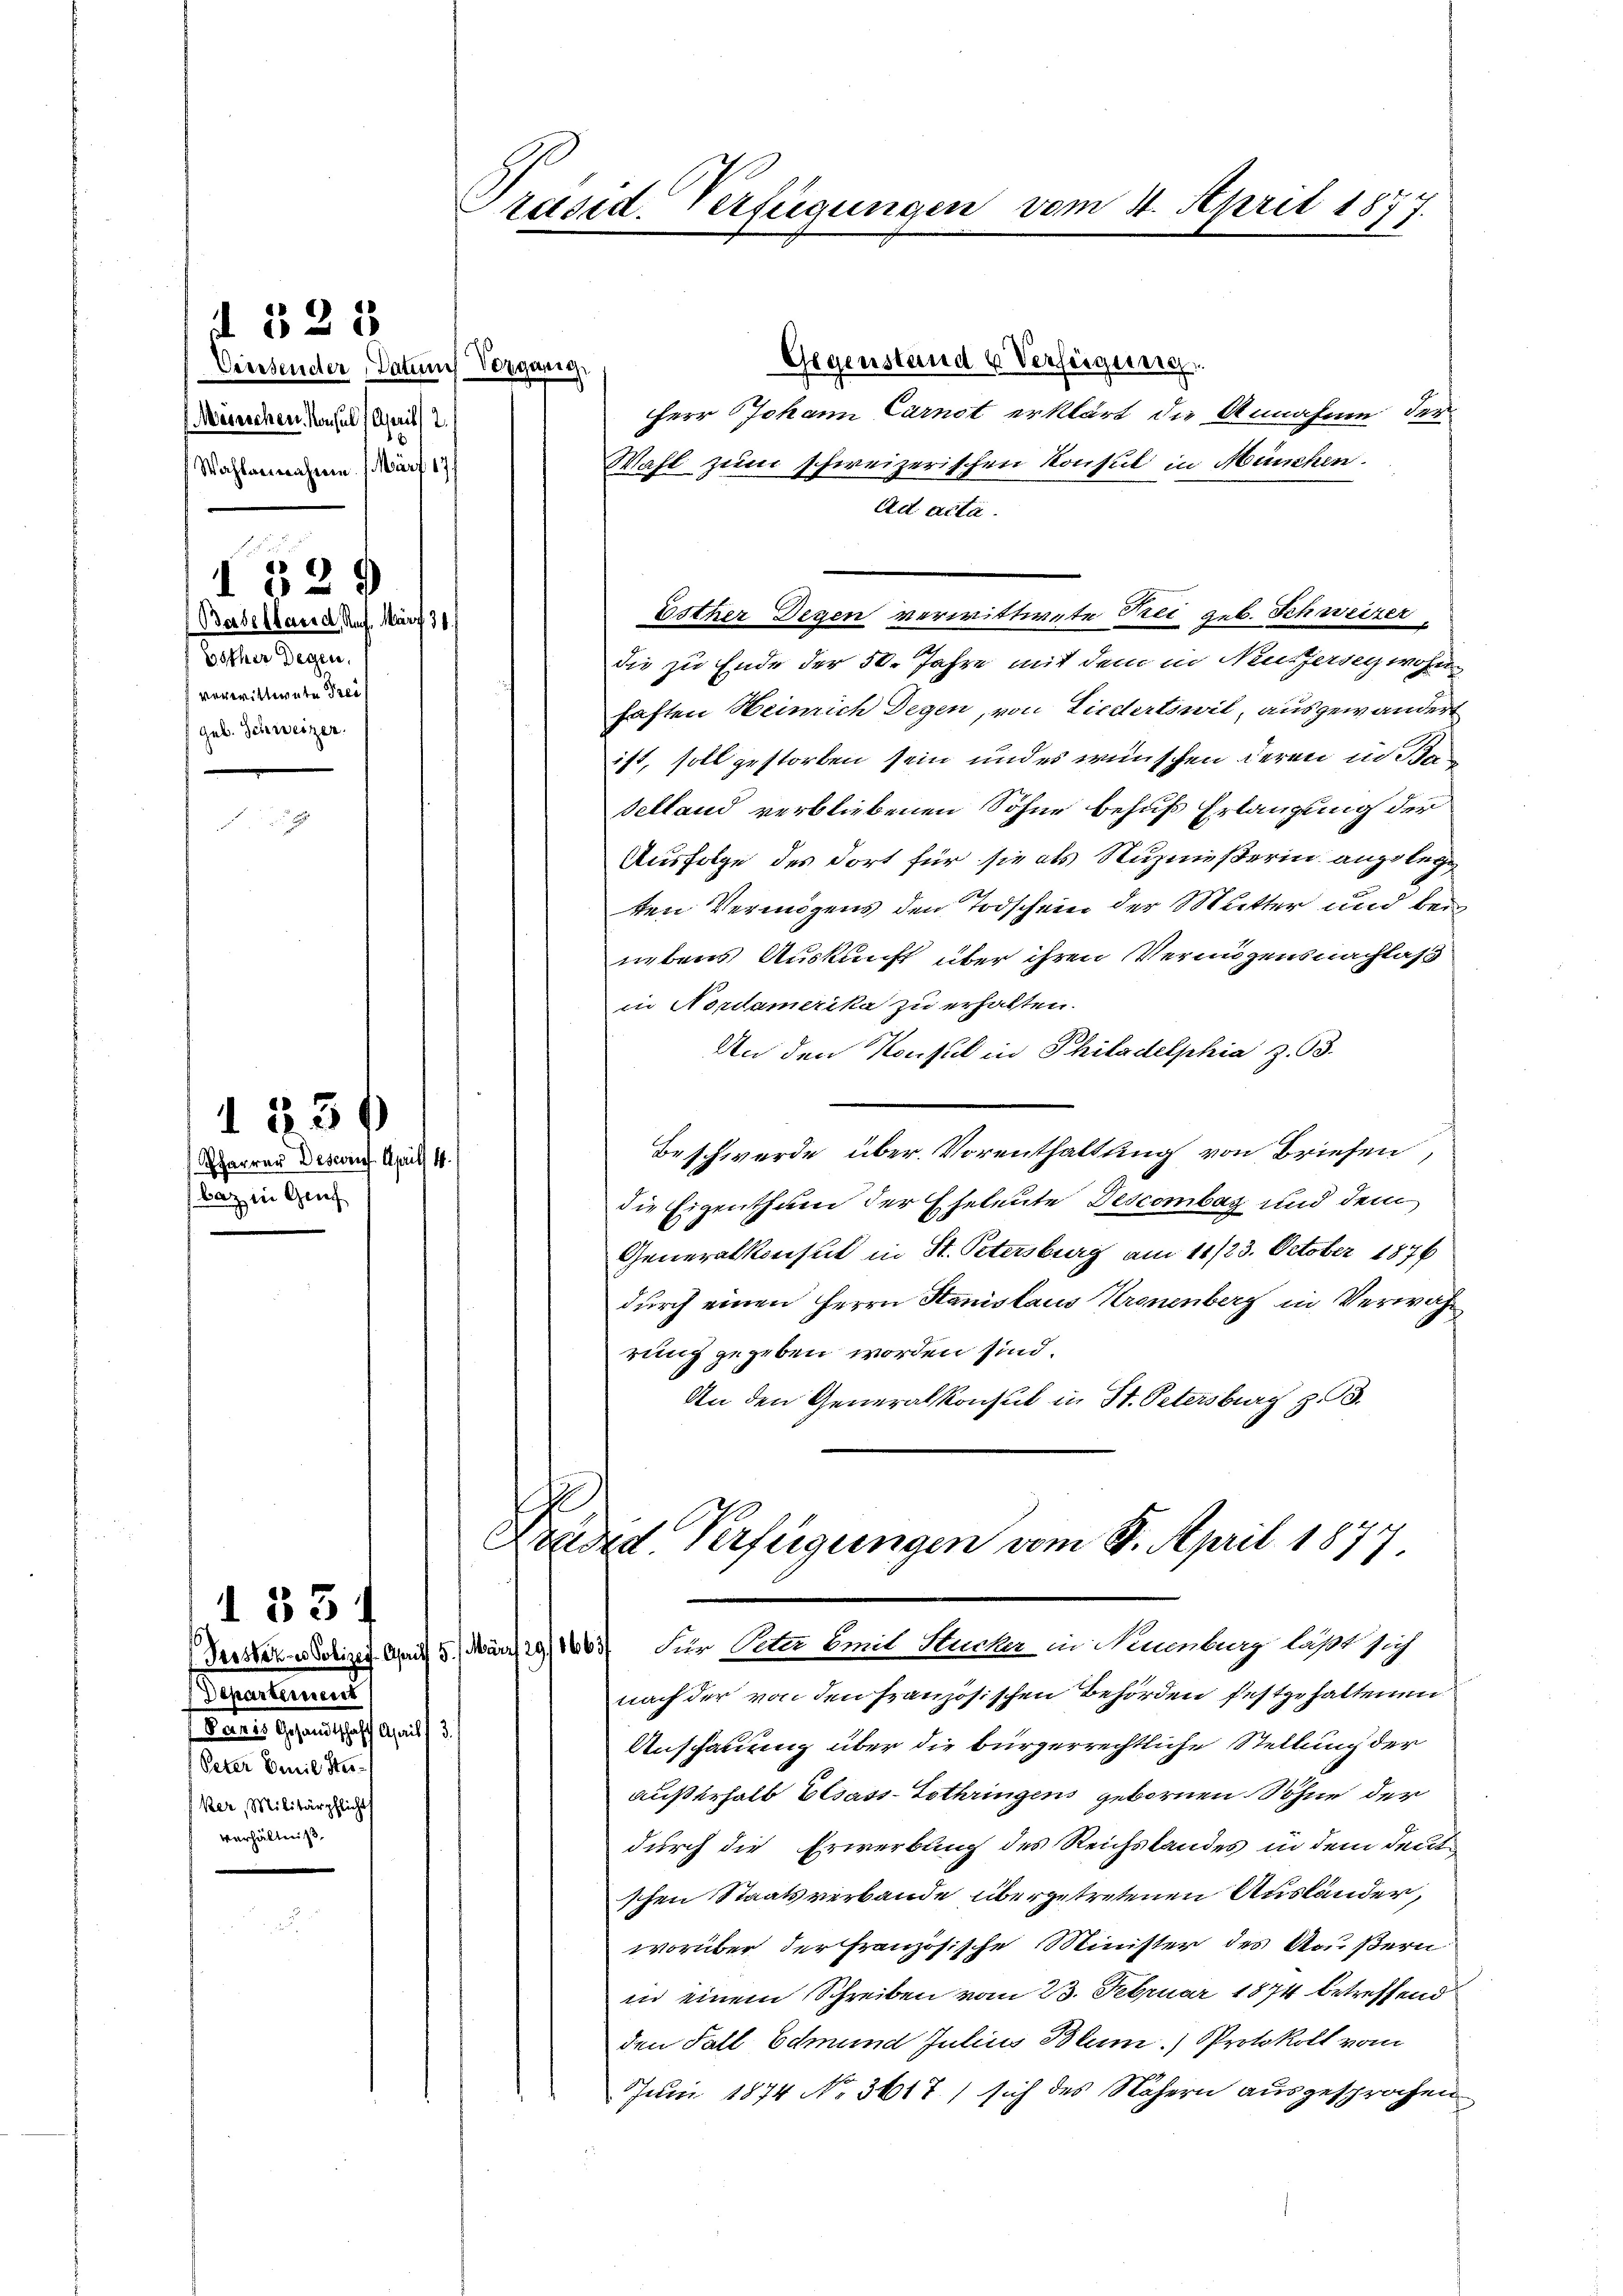
d 325

Viersender Datum Vorganig
Märischen Konsul / April 2.
Wahlanwähren März 17.

)
0
Berbelland, Ruf. Mar
Esther Degen.
verwittwete Preis
geb. Schweizer.

Pharrer Desconf. April 1
Baz in Gruf

1331)

1331

Präsid. Verfügungen vom 4. April 1877.

Gegenstand u Verfeigung
Herr Johann Carnot erklärt die Annahme der
Wahl zum schweizerischen Konsul in München.
Ad acta.
Esther Degen verwittwete Frei geb. Schweizer
die zu Ende der 50. Jahre mit dem in Neusterseywohne
haften Heinrich Degen, von Liedertswil, ausgewandert
ist, soll gestorben sein und es wünschen deren in Be
selland verbliebenen Sohne behufs Erlangung der
Ausfolge des dort für sie als Nuznießerin angelegten Vermögens den Todschein der Mutter und bei
nebens Auskunft über ihren Vermögensnachlaß
in Nordamerika zu erhalten.
An den Konsul in Philadelphia Z. 63.
Beschwerde über. Vorenthaltung von Briefen,
die Eigenthum der Eheleute Descombar und dem
Generalkonsul in St. Petersburg am 11/23. October 1876
durch einen Herrn Stanislaus Kronenberg in Verwahrung gegeben worden sind.
An den Generalkonsul in St. Petersburg z. 3.

Ge

Departement
Rates Gegenschaft auf
Peter Beil Stu
ker, Militärpflichts
verhältniß

Fnded Verfügungen vom 8. April 1877.
Gerster u obiger Griff 51 März 29/163 für Peter mit Hucker in Neuenburg läßt sich

nach der von den französischen Behörden festgehaltenen
Anschauung über die bürgerrechtliche Stellung der
außerhalb Elsass-Lothringens gebornen Söhne der
durch die Erwerbung des Reichstandes in dem deut
schen Staatsverbande übergetretenen Ausländer,
worüber der Französische Minister des Außern
in einem Schreiben vom 23. Februar 1874 betreffend
den Fall Edmund Julius Blum.) Protokoll vom
Juni 1874 No. 3617.) sich des Nähern ausgesprochen